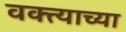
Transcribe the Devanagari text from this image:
वक्त्याच्या